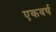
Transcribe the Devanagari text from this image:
एकवर्ष